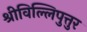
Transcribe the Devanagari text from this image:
श्रीविल्लिपुत्तुर